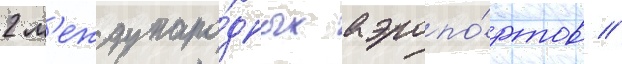
2 м'еждунаро́дных аэропо́ртов //